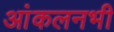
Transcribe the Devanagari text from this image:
आंकलनभी